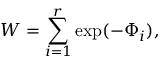
W = \sum _ { i = 1 } ^ { r } \mathrm { e x p } ( - \Phi _ { i } ) ,